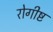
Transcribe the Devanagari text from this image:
रोगीष्ट